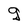
Character: g